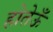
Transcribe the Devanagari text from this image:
होतेऊँ